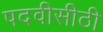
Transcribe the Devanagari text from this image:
पदवीसीठी